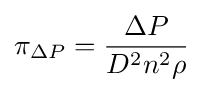
\pi _{\Delta P}={\frac {\Delta P}{D^{2}n^{2}\rho }}